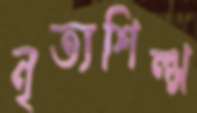
নৃত্যশিল্প